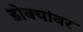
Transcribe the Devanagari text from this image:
डोक्यांवर